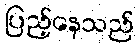
ပြည့်နေသည်